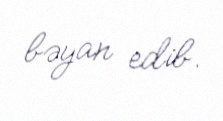
bəyan edib.